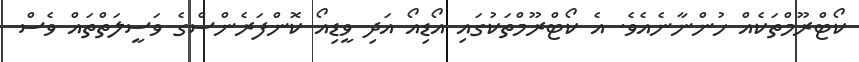
ކޯޓްރޫމްތަކެއް ހުންނާނެއެވެ. އެ ކޯޓްރޫމްތަކުގައި އޯޑިއޯ އަދި ވީޑިއޯ ކޮންފަރެންސްގެ ވަސީލަތްތައް ވެސް